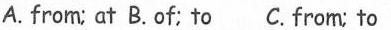
A. from; at B. of; to C. from; to